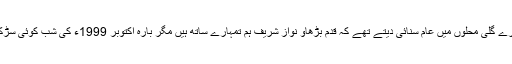
اس وقت یہ نعرے گلی محلوں میں عام سنائی دیتے تھے کہ قدم بڑھاؤ نواز شریف ہم تمہارے ساتھ ہیں مگر بارہ اکتوبر 1999ء کی شب کوئی سڑکوں پر نہ نکلا۔